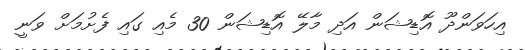
އިހަވަންދޫ އޮޑިޝަން އަދި މާލޭ އޮޑިޝަން 30 މެއި ގައި ފެށުމަށް ވަނީ